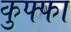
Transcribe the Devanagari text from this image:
कुफ्फा